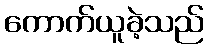
ကောက်ယူခဲ့သည်